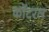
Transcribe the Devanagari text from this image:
कॉटरल